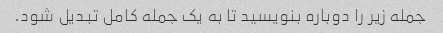
جمله زیر را دوباره بنویسید تا به یک جمله کامل تبدیل شود.